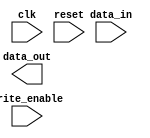
module DDR_SDRAM (
    input wire clk,
    input wire reset,
    input wire write_enable,
    input wire [31:0] data_in,
    output reg [31:0] data_out
);

// Add your Verilog code here

endmodule